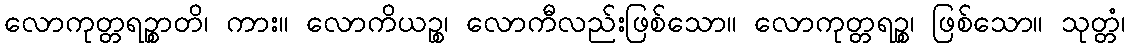
လောကုတ္တရဉ္စာတိ၊ ကား။ လောကိယဉ္စ၊ လောကီလည်းဖြစ်သော။ လောကုတ္တရဉ္စ၊ ဖြစ်သော။ သုတ္တံ၊